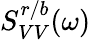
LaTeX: S_{VV}^{r/b}(\omega)